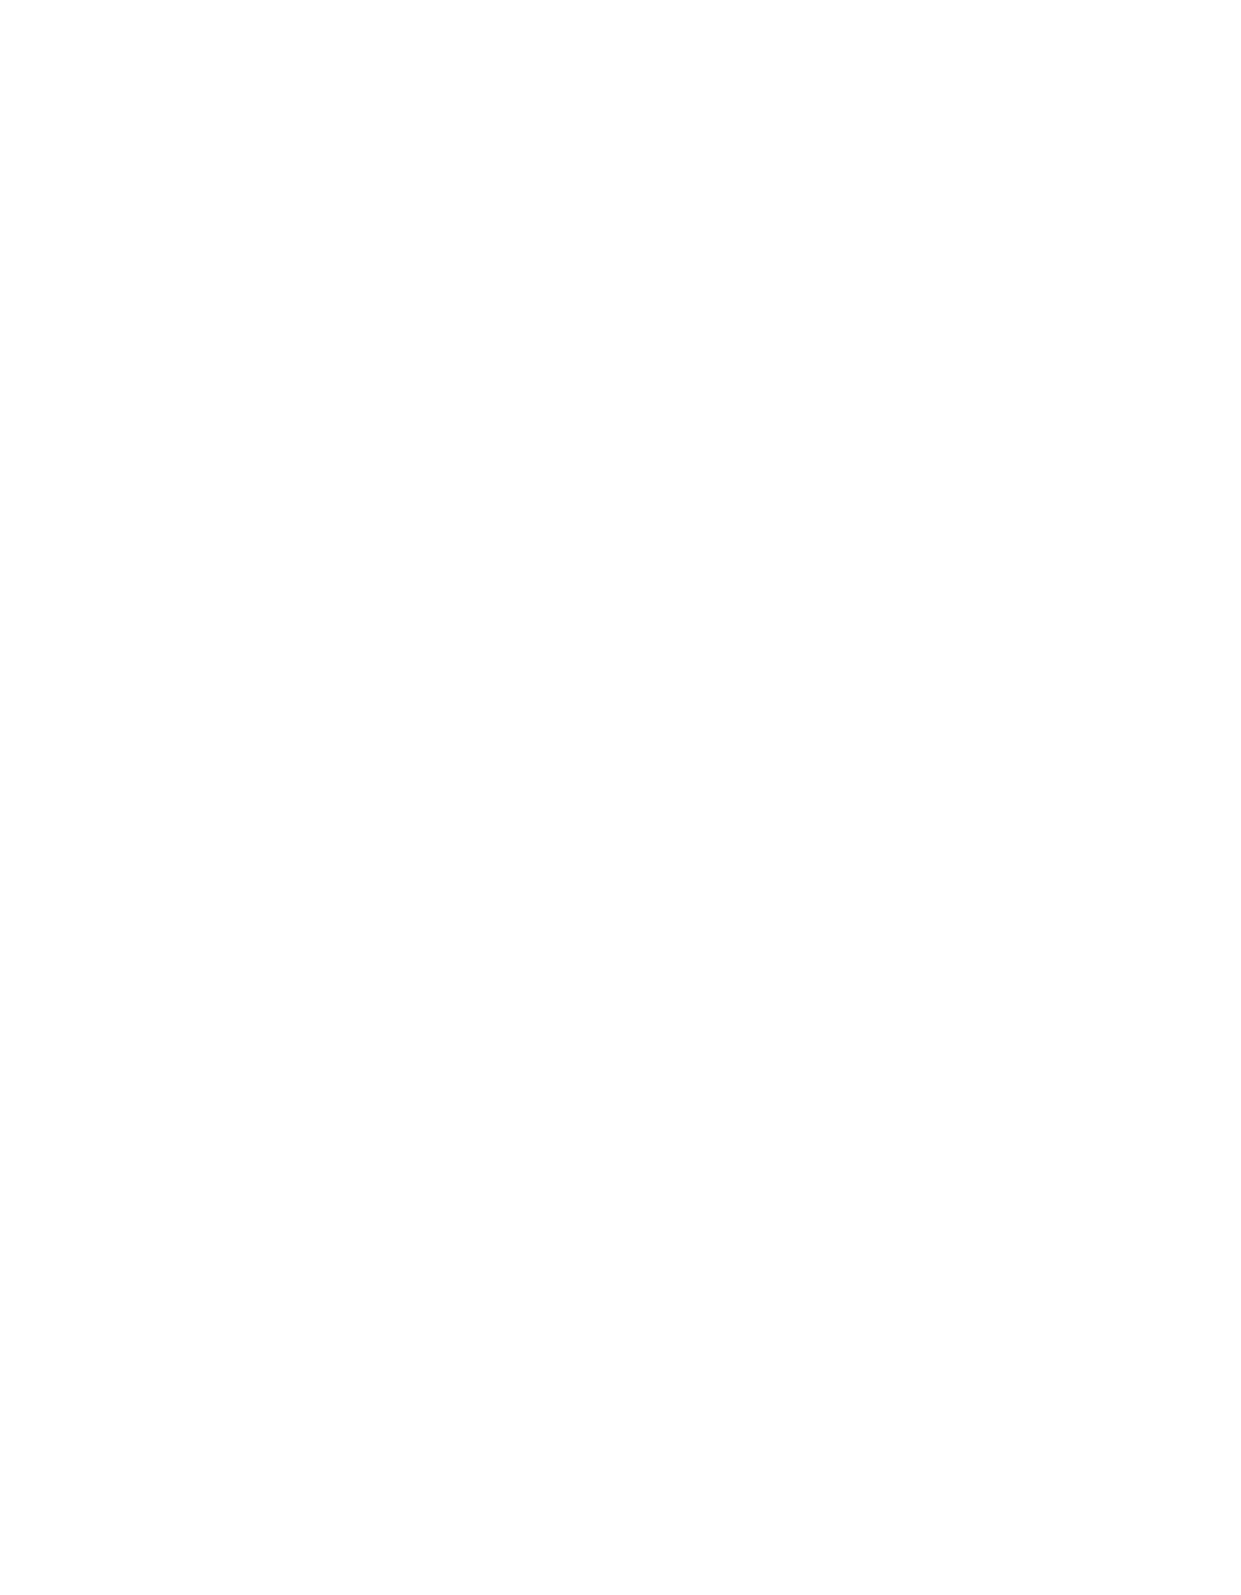
Annual Meeting Iuliu Hațieganu University of Medicine and Pharmacy 2021
 S18                           MEDICINE AND PHARMACY REPORTS 2021 VOL. 94 - Supplement No. 4